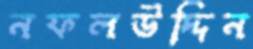
নফলউদ্দিন